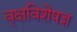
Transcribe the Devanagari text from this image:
वृक्षविशेषज्ञ